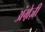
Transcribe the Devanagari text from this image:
अंग्रे़ज़ी